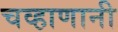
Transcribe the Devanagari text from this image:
चव्हाणानी